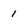
Character: 1